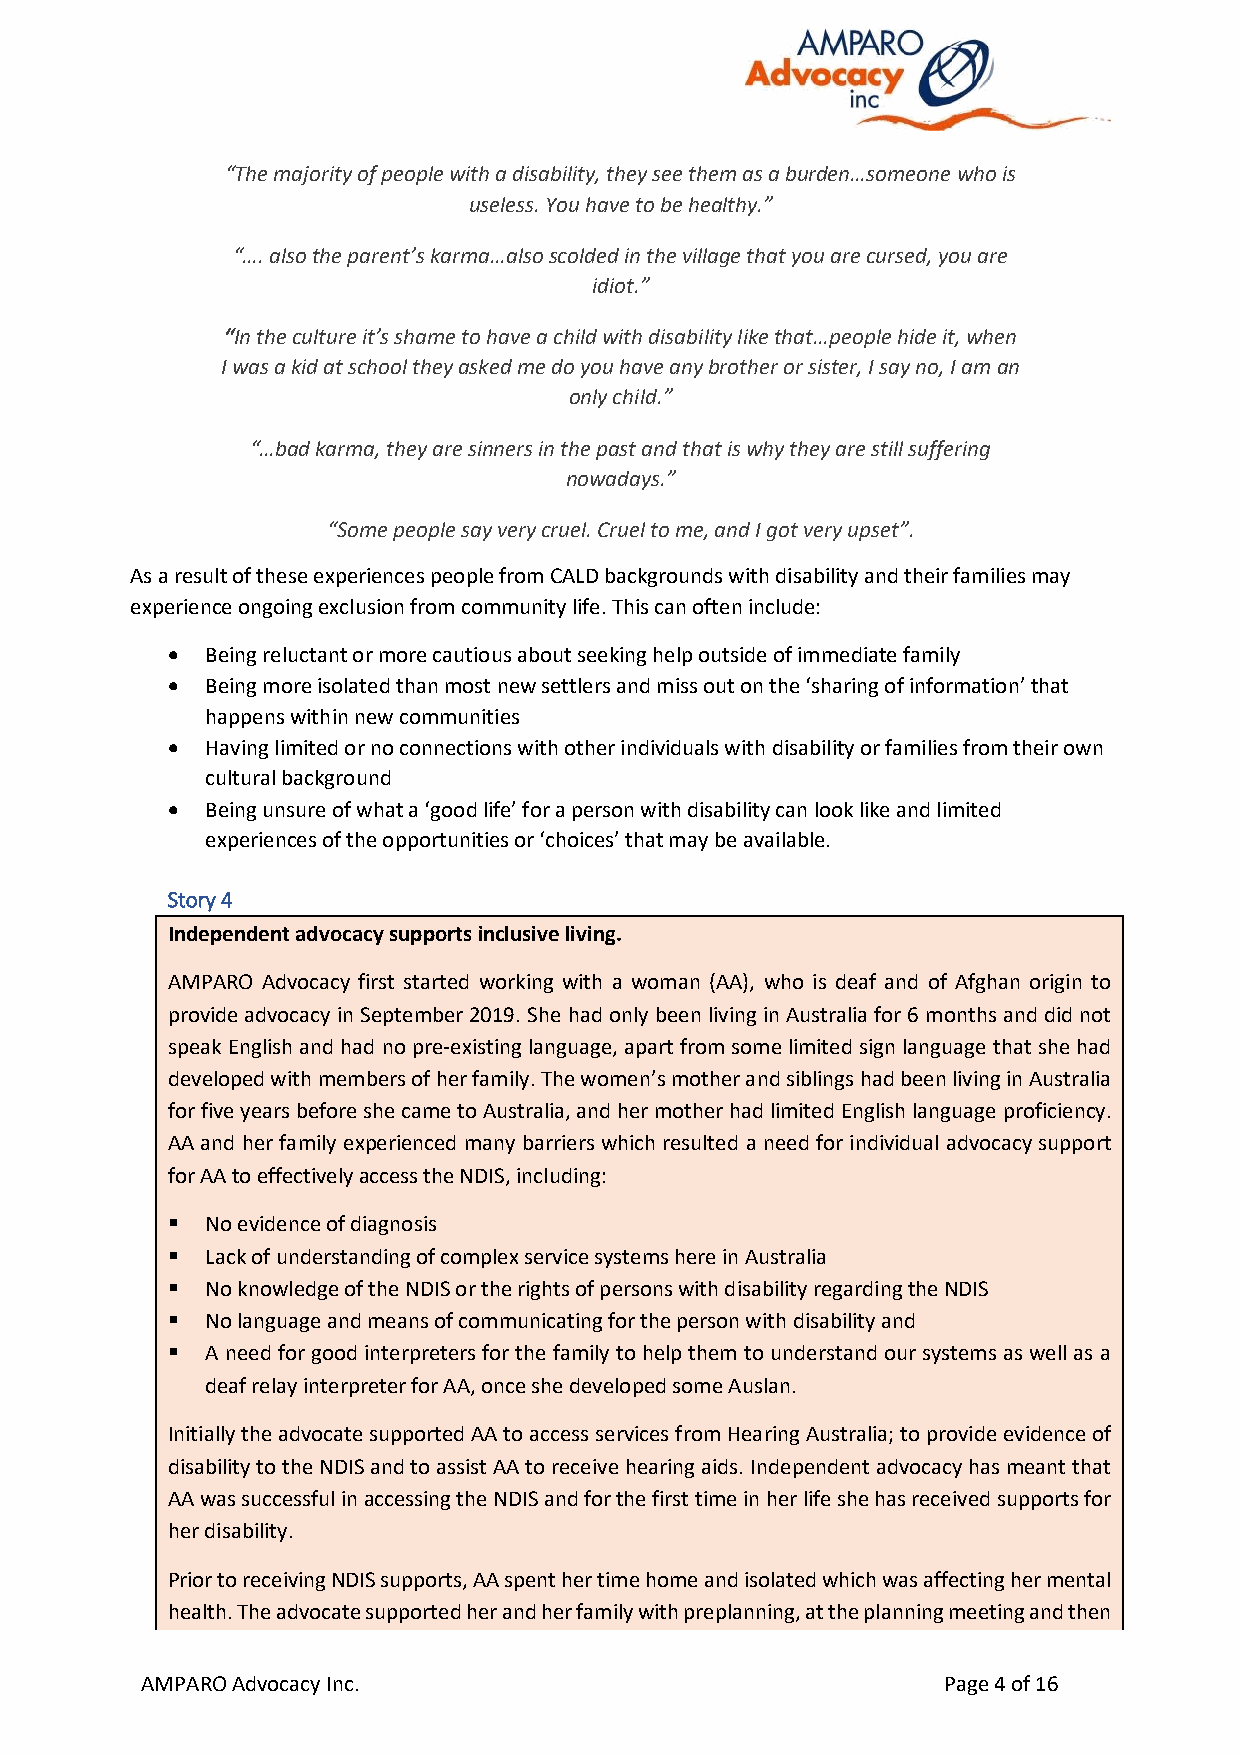
“The majority of people with a disability, they see them as a burden…someone who is
 useless. You have to be healthy.”
 “…. also the parent’s karma…also scolded in the village that you are cursed, you are
 idiot.”
 “In the culture it’s shame to have a child with disability like that…people hide it, when
 I was a kid at school they asked me do you have any brother or sister, I say no, I am an
 only child.”
 “…bad karma, they are sinners in the past and that is why they are still suffering
 nowadays.”
 “Some people say very cruel. Cruel to me, and I got very upset”.
 As a result of these experiences people from CALD backgrounds with disability and their families may
 experience ongoing exclusion from community life. This can often include:
 •  Being reluctant or more cautious about seeking help outside of immediate family
 •  Being more isolated than most new settlers and miss out on the ‘sharing of information’ that
 happens within new communities
 •  Having limited or no connections with other individuals with disability or families from their own
 cultural background
 •  Being unsure of what a ‘good life’ for a person with disability can look like and limited
 experiences of the opportunities or ‘choices’ that may be available.
 Story 4
 Independent advocacy supports inclusive living.
 AMPARO Advocacy first started working with a woman (AA), who is deaf and of Afghan origin to
 provide advocacy in September 2019. She had only been living in Australia for 6 months and did not
 speak English and had no pre-existing language, apart from some limited sign language that she had
 developed with members of her family. The women’s mother and siblings had been living in Australia
 for five years before she came to Australia, and her mother had limited English language proficiency.
 AA and her family experienced many barriers which resulted a need for individual advocacy support
 for AA to effectively access the NDIS, including:
 ▪  No evidence of diagnosis
 ▪  Lack of understanding of complex service systems here in Australia
 ▪  No knowledge of the NDIS or the rights of persons with disability regarding the NDIS
 ▪  No language and means of communicating for the person with disability and
 ▪  A need for good interpreters for the family to help them to understand our systems as well as a
 deaf relay interpreter for AA, once she developed some Auslan.
 Initially the advocate supported AA to access services from Hearing Australia; to provide evidence of
 disability to the NDIS and to assist AA to receive hearing aids. Independent advocacy has meant that
 AA was successful in accessing the NDIS and for the first time in her life she has received supports for
 her disability.
 Prior to receiving NDIS supports, AA spent her time home and isolated which was affecting her mental
 health. The advocate supported her and her family with preplanning, at the planning meeting and then
 AMPARO Advocacy Inc.                                 Page 4 of 16